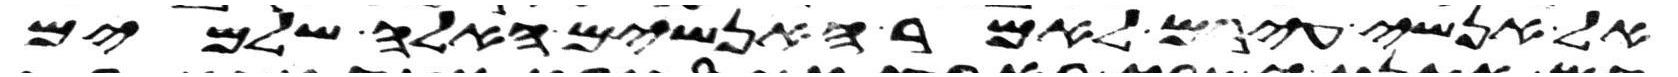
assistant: אל אנשי עירם לאמר האנשים האלה שלמים